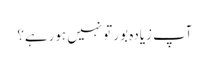
آپ زیادہ بور تو نہیں ہورہے؟